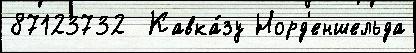
87123732  Кавка́зу Норд'еншельда